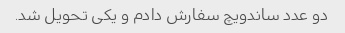
دو عدد ساندویچ سفارش دادم و یکی تحویل شد.